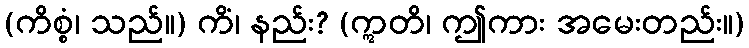
(ကိစ္စံ၊ သည်။) ကိံ၊ နည်း? (ဣတိ၊ ဤကား အမေးတည်း။)